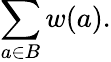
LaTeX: \sum_{a\in B}w(a).